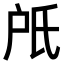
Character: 𣱆